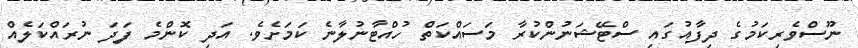
ނޫސްވެރިކަމުގެ ދިފާއުގައި ސްޓޭޝަނުންކުރާ މަސައްކަތް ހުއްޓާނުލާނެ ކަމަށެވެ. އަދި ކޮންމެ ފަދަ ނުރައްކަލެއް